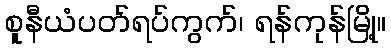
စူနီယံပတ်ရပ်ကွက်၊ ရန်ကုန်မြို့။